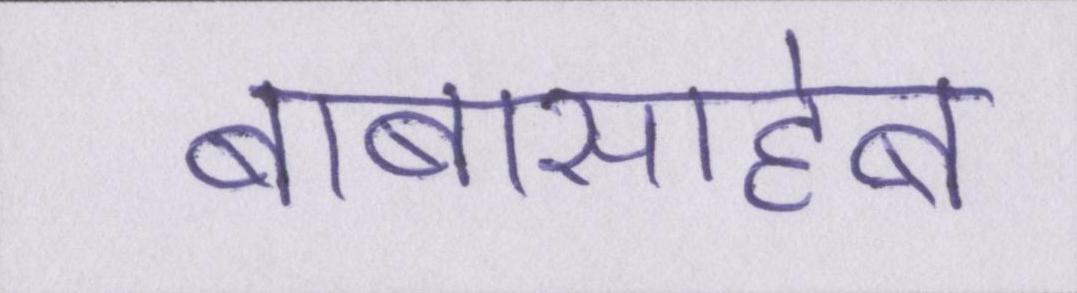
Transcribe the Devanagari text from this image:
बाबासाहेब